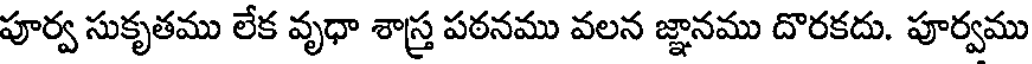
పూర్వ సుకృతము లేక వృధా శాస్త్ర పఠనము వలన జ్ఞానము దొరకదు. పూర్వము